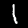
Label: 1